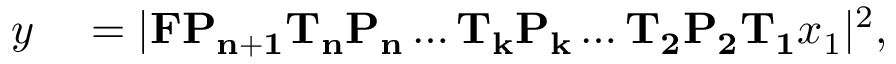
\begin{array} { r l } { y } & { { } = | \mathbf { F } \mathbf { P _ { n + 1 } } \mathbf { T _ { n } } \mathbf { P _ { n } } \dots \mathbf { T _ { k } } \mathbf { P _ { k } } \dots \mathbf { T _ { 2 } } \mathbf { P _ { 2 } } \mathbf { T _ { 1 } } x _ { 1 } | ^ { 2 } , } \end{array}